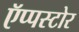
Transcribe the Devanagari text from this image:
ऍप्पस्टोर